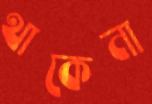
থাকেনা